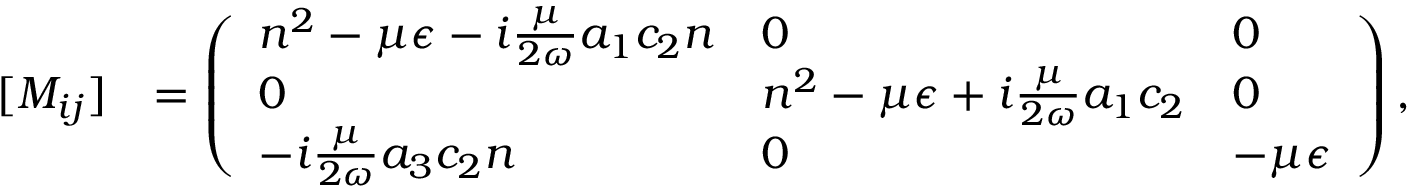
\begin{array} { r l } { [ M _ { i j } ] } & { = \left( \begin{array} { l l l } { n ^ { 2 } - \mu { \epsilon } - i \frac { \mu } { 2 \omega } a _ { 1 } c _ { 2 } n } & { 0 } & { 0 } \\ { 0 } & { n ^ { 2 } - \mu { \epsilon } + i \frac { \mu } { 2 \omega } a _ { 1 } c _ { 2 } } & { 0 } \\ { - i \frac { \mu } { 2 \omega } a _ { 3 } c _ { 2 } n } & { 0 } & { - \mu { \epsilon } } \end{array} \right) , } \end{array}